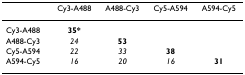
|  | Cy3-A488 | A488-Cy3 | Cy5-A594 | A594-Cy5 |
 | --- | --- | --- | --- | --- |
 | Cy3-A488 | 35* |  |  |  |
 | A488-Cy3 | 24 | 53 |  |  |
 | Cy5-A594 | 22 | 33 | 38 |  |
 | A594-Cy5 | 16 | 20 | 16 | 31 |